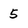
Character: 5